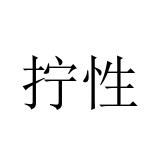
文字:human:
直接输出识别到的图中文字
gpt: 拧性